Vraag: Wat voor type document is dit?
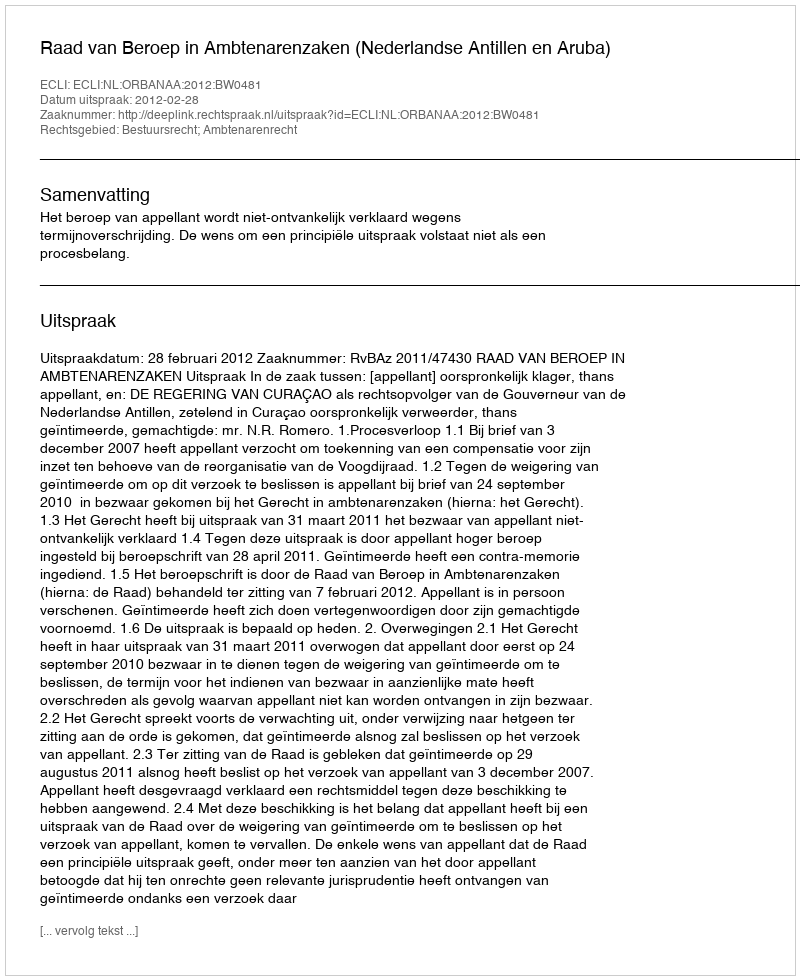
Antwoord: Uitspraak